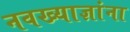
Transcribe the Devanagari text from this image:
नवख्याज्ञांना